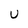
Character: U